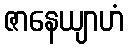
ဇာနေယျာဟံ